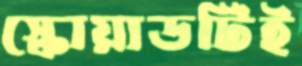
স্কোয়াডটিই